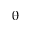
\uptheta